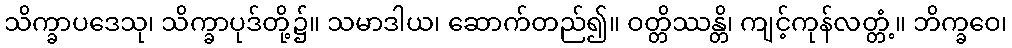
သိက္ခာပဒေသု၊ သိက္ခာပုဒ်တို့၌။ သမာဒါယ၊ ဆောက်တည်၍။ ဝတ္တိဿန္တိ၊ ကျင့်ကုန်လတ္တံ့။ ဘိက္ခဝေ၊